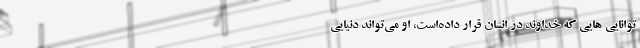
توانایی­ هایی که خداوند در انسان قرار داده‌است، او می‌تواند دنیایی